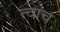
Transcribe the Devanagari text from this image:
त्वाच